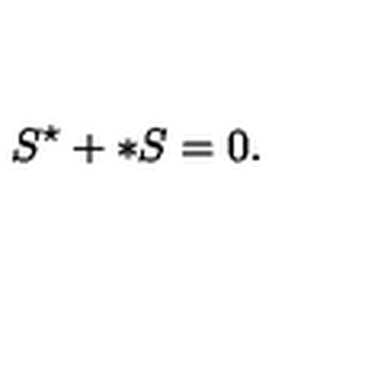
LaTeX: S ^ { \star } + \ast S = 0 .